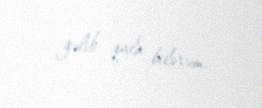
gəlib qala bilərəm.